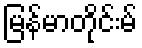
မြန်မာတိုင်းမ်